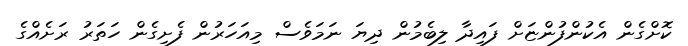
ކޮށްގެން އެކުންފުންޏަށް ފައިދާ ލިބެމުން ދިޔަ ނަމަވެސް މިއަހަރުން ފެށިގެން ހަތަރު ރަށެއްގެ